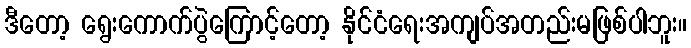
ဒီတော့ ရွေးကောက်ပွဲကြောင့်တော့ နိုင်ငံရေးအကျပ်အတည်းမဖြစ်ပါဘူး။